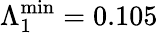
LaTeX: \Lambda_{1}^{\mathrm{min}}=0.105